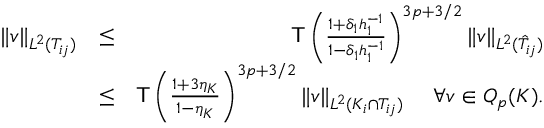
\begin{array} { r l r } { \| v \| _ { L ^ { 2 } ( T _ { i j } ) } } & { \le } & { \mathsf { T } \left( \frac { 1 + \delta _ { 1 } h _ { 1 } ^ { - 1 } } { 1 - \delta _ { 1 } h _ { 1 } ^ { - 1 } } \right) ^ { 3 p + 3 / 2 } \| v \| _ { L ^ { 2 } ( \hat { T } _ { i j } ) } } \\ & { \le } & { \mathsf { T } \left( \frac { 1 + 3 \eta _ { K } } { 1 - \eta _ { K } } \right) ^ { 3 p + 3 / 2 } \| v \| _ { L ^ { 2 } ( K _ { i } \cap T _ { i j } ) } \ \ \ \ \forall v \in Q _ { p } ( K ) . } \end{array}